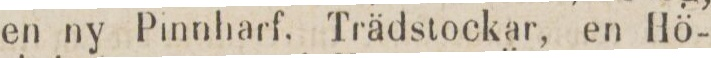
en ny Pinnharf. Trädstockar, en Hö-